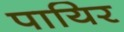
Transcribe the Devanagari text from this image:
पायिर